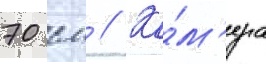
70 см // Ка́м'ера